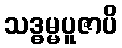
သဒ္ဓမ္မပူဇာပိ